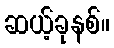
ဆယ့်ခုနစ်။